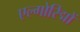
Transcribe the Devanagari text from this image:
एल्गोरिद्मों